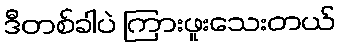
ဒီတစ်ခါပဲ ကြားဖူးသေးတယ်